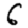
Digit: 6